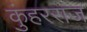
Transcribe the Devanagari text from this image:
कुंहरराज